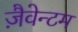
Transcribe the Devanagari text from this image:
ज़ैवेन्टम